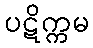
ပဋိက္ကမ